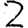
Digit: 2